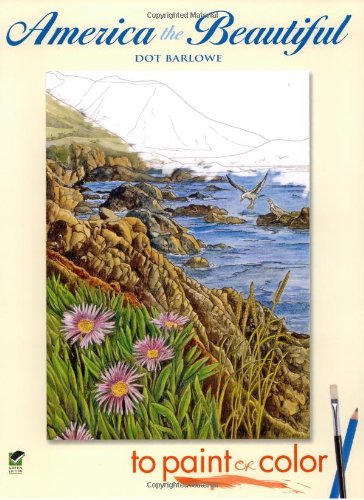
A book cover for America the Beautiful to Paint or Color (Dover Art Coloring Book); Dot Barlowe; Children's Books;